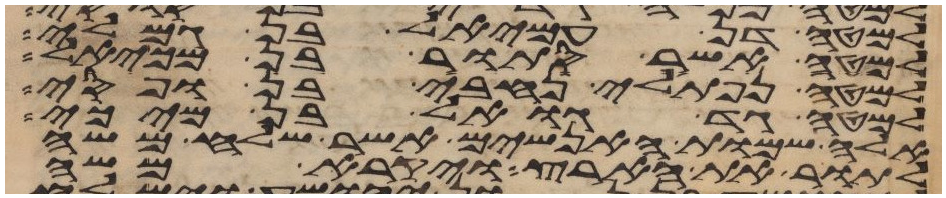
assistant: למטה דן עמיאל בן גמלי
למטה אשר סתור בן מיכאל
למטה נפתלי נחבי בן ופסי
למטה גד גואל בן מיכי
אלה שמות האנשים אשר שלח משה
לתור את הארץ ויקרא משה